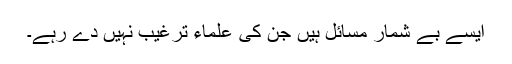
ایسے بے شمار مسائل ہیں جن کی علماء ترغیب نہیں دے رہے۔